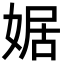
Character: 婮